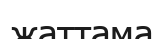
жаттама